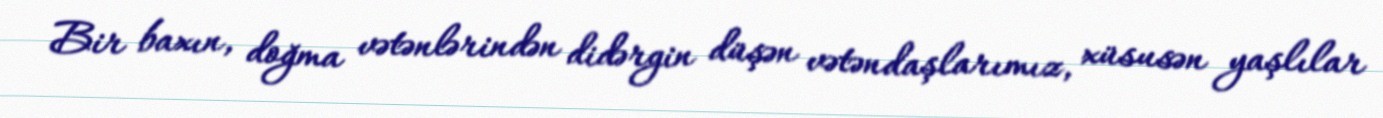
Bir baxın, doğma vətənlərindən didərgin düşən vətəndaşlarımız, xüsusən yaşlılar